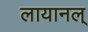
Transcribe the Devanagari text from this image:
लायानल्